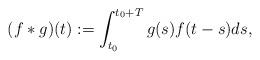
LaTeX: \begin{align*}(f*g)(t) := \int_{t_0}^{t_0 + T} g(s)f(t-s)ds,\end{align*}